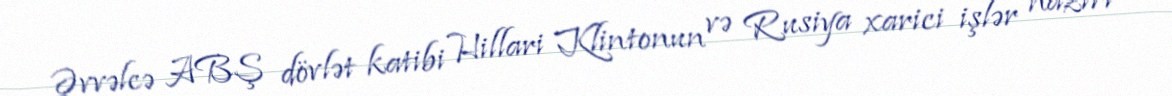
Əvvəlcə ABŞ dövlət katibi Hillari Klintonun və Rusiya xarici işlər naziri